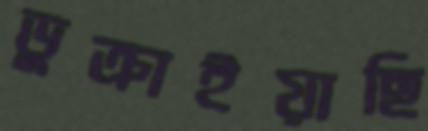
ডুক্‌রাইয়াছি